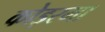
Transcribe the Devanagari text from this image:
कोड़रमा